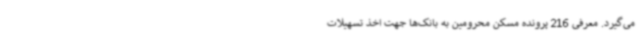
می‌گیرد. معرفی 216 پرونده مسکن محرومین به بانک‌ها جهت اخذ تسهیلات